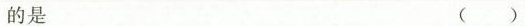
的是 ()